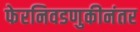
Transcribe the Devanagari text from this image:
फेरनिवडणुकीनंतर